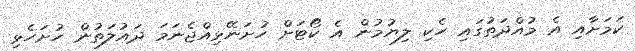
ކަމަށާއި އެ މުއްދަތުގައި ހެކި ލިޔުމުން އެ ކޯޓަށް ހުށަނޭޅިއްޖެނަމަ ދައުލަތުން ހުށަހެޅި